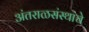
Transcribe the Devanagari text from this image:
अंतराळसंस्थांचे